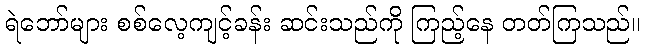
ရဲဘော်များ စစ်လေ့ကျင့်ခန်း ဆင်းသည်ကို ကြည့်နေ တတ်ကြသည်။